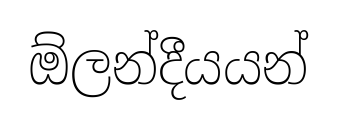
ඕලන්දීයයන්